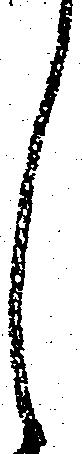
し